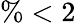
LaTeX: \% <2